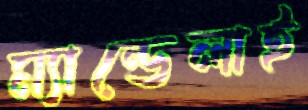
ম্যান্ডেলাই